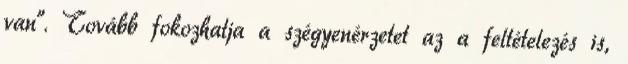
van”. Tovább fokozhatja a szégyenérzetet az a feltételezés is,